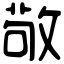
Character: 敬